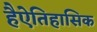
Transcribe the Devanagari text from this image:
हैऐतिहासिक